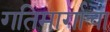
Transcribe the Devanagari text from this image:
गतिमार्गाचा